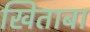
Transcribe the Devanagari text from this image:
खिताबा